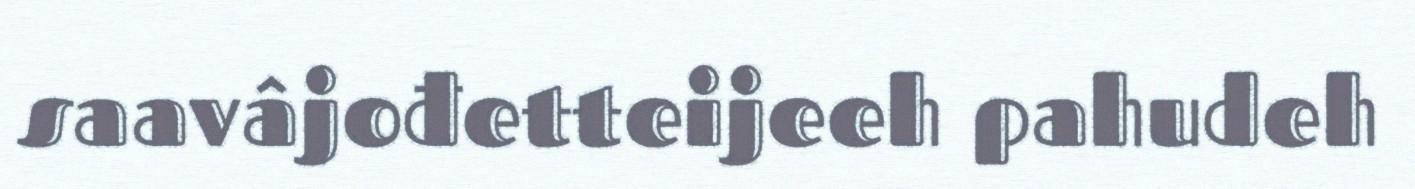
saavâjođetteijeeh pahudeh